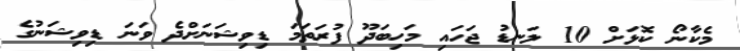
މެކާނޯ ކޮޅަށް 10 ލަނޑު ޖަހައި މަހިބަދޫ ފުރަތަމަ ޑިވިޝަނަށްދެ ވަނަ ޑިވިޝަނުގެ